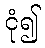
ငုံ၍